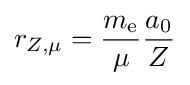
r_{Z,\mu }={\frac {m_{\text{e}}}{\mu }}{\frac {a_{0}}{Z}}